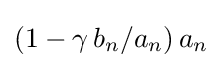
(1-\gamma \,b_{n}/a_{n})\,a_{n}